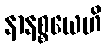
နာနစ္စယေဟိ